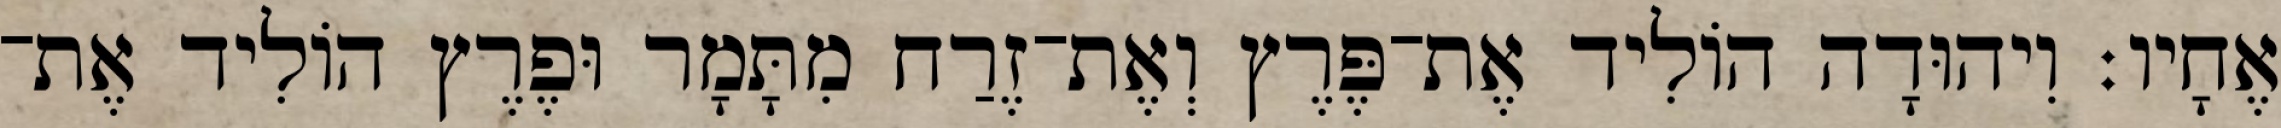
אֶחָיו׃ וִיהוּדָה הוֹלִיד אֶת־פֶּרֶץ וְאֶת־זֶרַח מִתָּמָר וּפֶרֶץ הוֹלִיד אֶת־